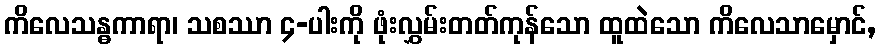
ကိလေသန္ဓကာရာ၊ သစဿာ ၄-ပါးကို ဖုံးလွှမ်းတတ်ကုန်သော ထူထဲသော ကိလေသာမှောင်,